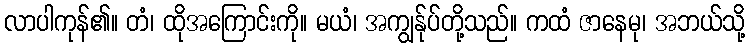
လာပါကုန်၏။ တံ၊ ထိုအကြောင်းကို။ မယံ၊ အကျွန်ုပ်တို့သည်။ ကထံ ဇာနေမု၊ အဘယ်သို့